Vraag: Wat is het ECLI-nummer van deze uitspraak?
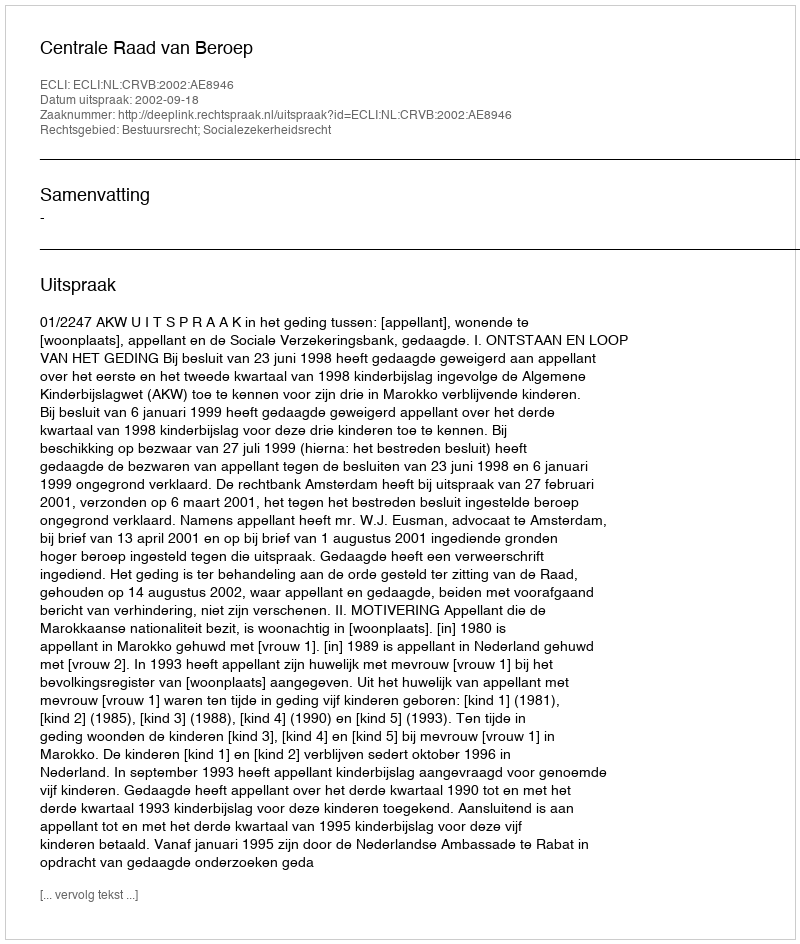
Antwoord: ECLI:NL:CRVB:2002:AE8946